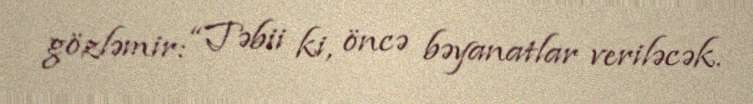
gözləmir: “Təbii ki, öncə bəyanatlar veriləcək.